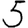
Digit: 5